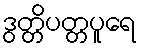
ဒွတ္တိပတ္တပူရေ